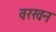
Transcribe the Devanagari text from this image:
वरखन